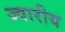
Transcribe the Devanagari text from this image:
ज्‍वारीय